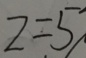
z = 5